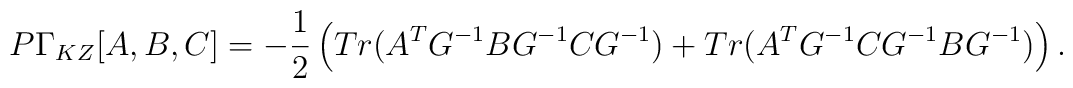
P\Gamma_{KZ}{[A,B,C]} = -\frac{1}{2} \left ( Tr(A^T G^{-1} B G^{-1} C G^{-1}) +Tr(A^T G^{-1} C G^{-1} B G^{-1})\right ).